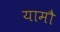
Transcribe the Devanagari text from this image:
यामौ